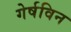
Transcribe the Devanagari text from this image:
गेर्षविन